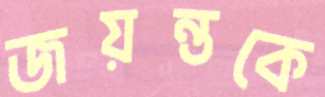
জয়ন্তকে